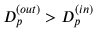
D _ { p } ^ { ( o u t ) } > D _ { p } ^ { ( i n ) }